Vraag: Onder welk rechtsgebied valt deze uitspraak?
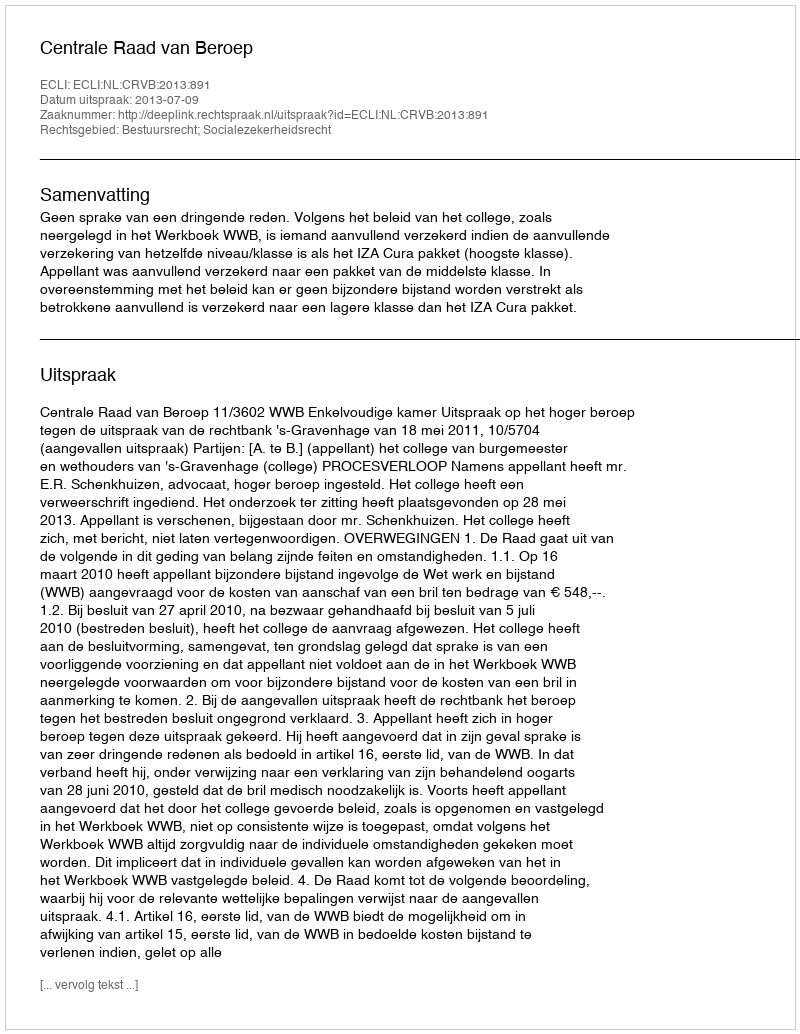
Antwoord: Bestuursrecht; Socialezekerheidsrecht